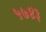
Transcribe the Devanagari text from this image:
५७४३